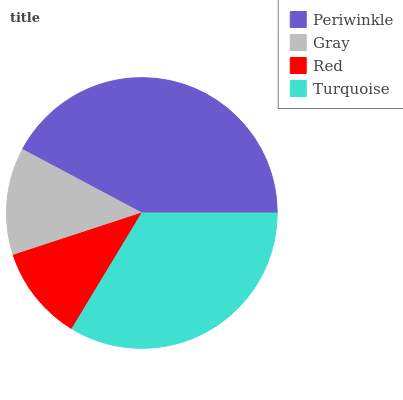
| Periwinkle | Gray | Red | Turquoise |
 | --- | --- | --- | --- |
 | 42.2% | 12.8% | 11.3% | 33.6% |